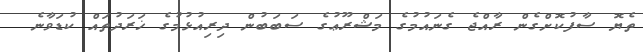
ތެޔޮ ސާފުކޮށްގެން ރާއްޖެ ގެނައުމުގެ މަޝްރޫޢުގެ ސަބަބުން ދިރިއުޅުމުގެ ޚަރަދުތައް ކުޑަވާނެ